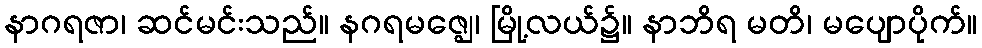
နာဂရဇာ၊ ဆင်မင်းသည်။ နဂရမဇ္ဈေ၊ မြို့လယ်၌။ နာဘိရ မတိ၊ မပျောပိုက်။